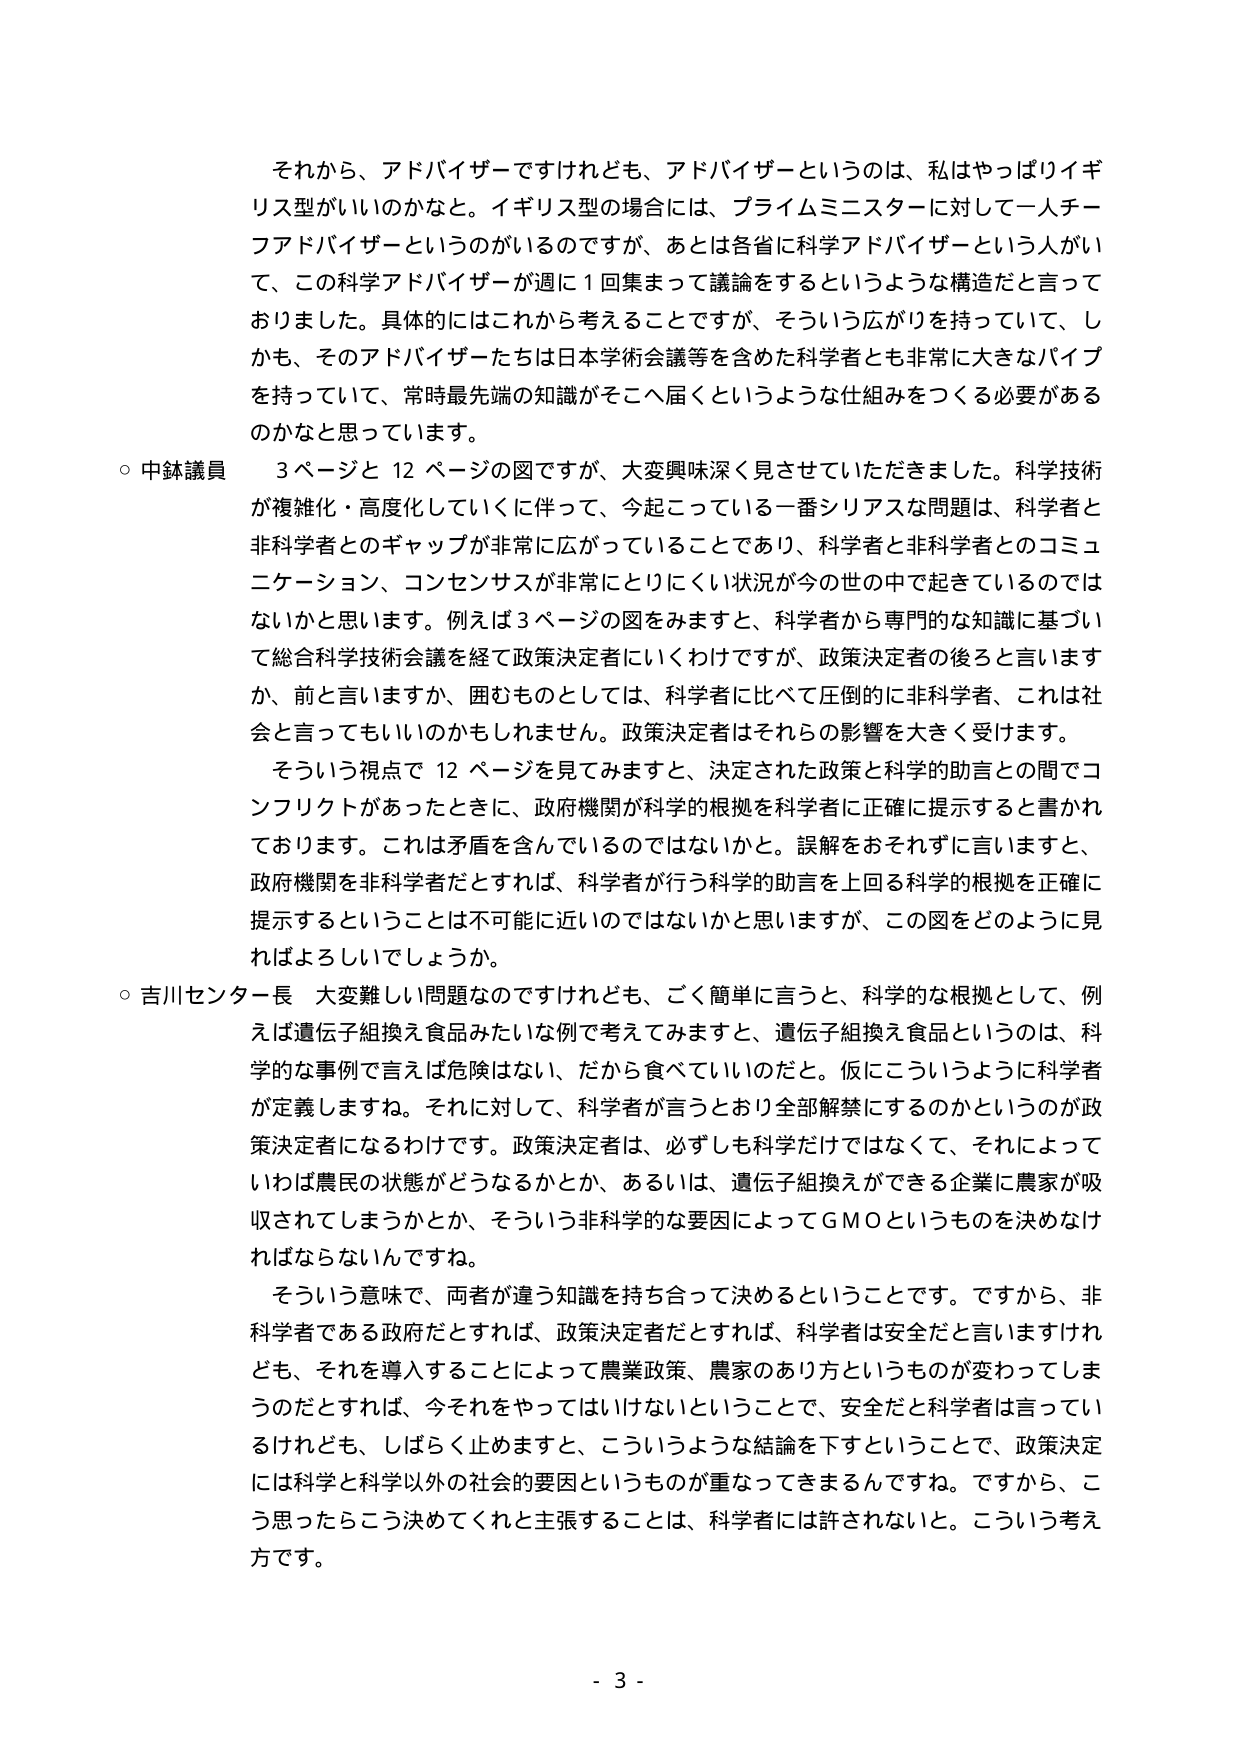
それから、アドバイザーですけれども、アドバイザーというのは、私はやっぱりイギリス型がいいのかなと。イギリス型の場合には、プライムミニスターに対して一人チーフアドバイザーというのがいるのですが、あとは各省に科学アドバイザーという人がいて、この科学アドバイザーが週に1回集まって議論をするというような構造だと言っておりました。具体的にはこれから考えることですが、そういう広がりを持っていて、しかも、そのアドバイザーたちは日本学術会議等を含めた科学者とも非常に大きなパイプを持っていて、常時最先端の知識がそこへ届くというような仕組みをつくる必要があるのかなと思っています。

○ 中鉢議員　3ページと12ページの図ですが、大変興味深く見させていただきました。科学技術が複雑化・高度化していくに伴って、今起こっている一番シリアスな問題は、科学者と非科学者とのギャップが非常に広がっていることであり、科学者と非科学者とのコミュニケーション、コンセンサスが非常にとりにくい状況が今の世の中で起きているのではないかと思います。例えば3ページの図をみますと、科学者から専門的な知識に基づいて総合科学技術会議を経て政策決定者にいくわけですが、政策決定者の後ろと言いますか、前と言いますか、囲むものとしては、科学者に比べて圧倒的に非科学者、これは社会と言ってもいいのかもしれません。政策決定者はそれらの影響を大きく受けます。

そういう視点で12ページを見てみますと、決定された政策と科学的助言との間でコンフリクトがあったときに、政府機関が科学的根拠を科学者に正確に提示すると書かれております。これは矛盾を含んでいるのではないでしょうか。誤解をおそれずに言いますと、政府機関を非科学者だとすれば、科学者が行う科学的助言を上回る科学的根拠を正確に提示するということは不可能に近いのではないかと思いますが、この図をどのように見ればよろしいでしょうか。

○ 吉川センター長　大変難しい問題なのですがけれども、ごく簡単に言うと、科学的な根拠として、例えば遺伝子組換え食品みたいな例で考えてみますと、遺伝子組換え食品というのは、科学的な事例で言えば危険はない、だから食べていいのだと。仮にこういうように科学者が定義しますね。それに対して、科学者が言うとおり全部解禁にするのかというのが政策決定者になるわけです。政策決定者は、必ずしも科学だけではなくて、それによっていわば農民の状態がどうなるかとか、あるいは、遺伝子組換えができる企業に農家が吸収されてしまうかとか、そういう非科学的な要因によってGMOというものを決めなければならないんですね。

そういう意味で、両者が違う知識を持ち合って決めるということです。ですから、非科学者である政府だとすれば、政策決定者だとすれば、科学者は安全だと言いますけれども、それを導入することによって農業政策、農家のあり方というものが変わってしまうのだとすれば、今それをやってはいけないということで、安全だと科学者は言っているけれども、しばらく止めますと、こういうような結論を下すということで、政策決定には科学と科学以外の社会的要因というものが重なってきまるんですね。ですから、こう思ったらこう決めてくれと主張することは、科学者には許されないと。こういう考え方です。

- 3 -